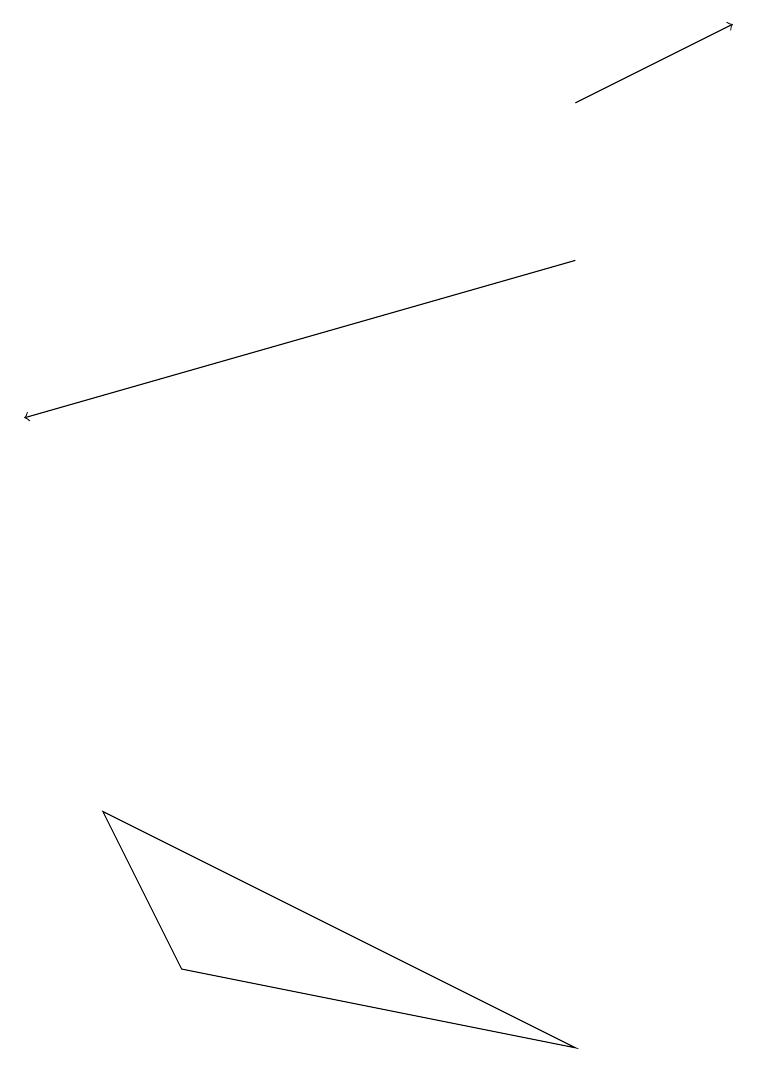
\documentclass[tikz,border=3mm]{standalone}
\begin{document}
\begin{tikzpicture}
\draw[->] (7,16) -- (9,17);
\draw[->] (7,14) -- (0,12);
\draw (7,4) -- (2,5) -- (1,7) -- cycle;
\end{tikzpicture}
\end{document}